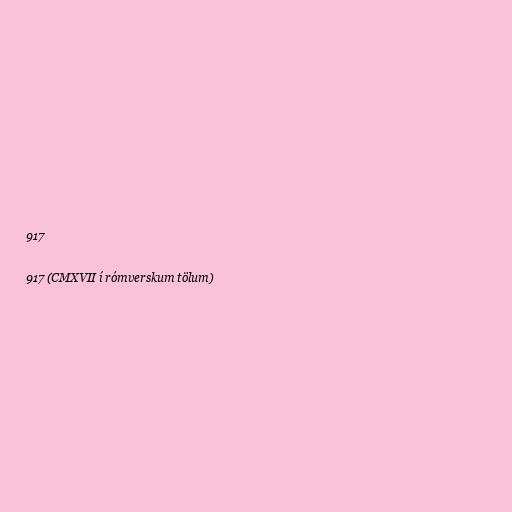
917

917 (CMXVII í rómverskum tölum)